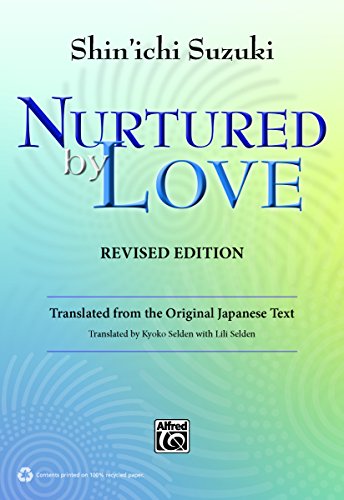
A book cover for Nurtured by Love: Translated from the Original Japanese Text; Shin'ichi Suzuki; Arts & Photography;